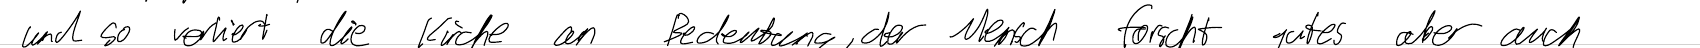
und so verliert die Kirche an Bedeutung, der Mensch forscht gutes aber auch